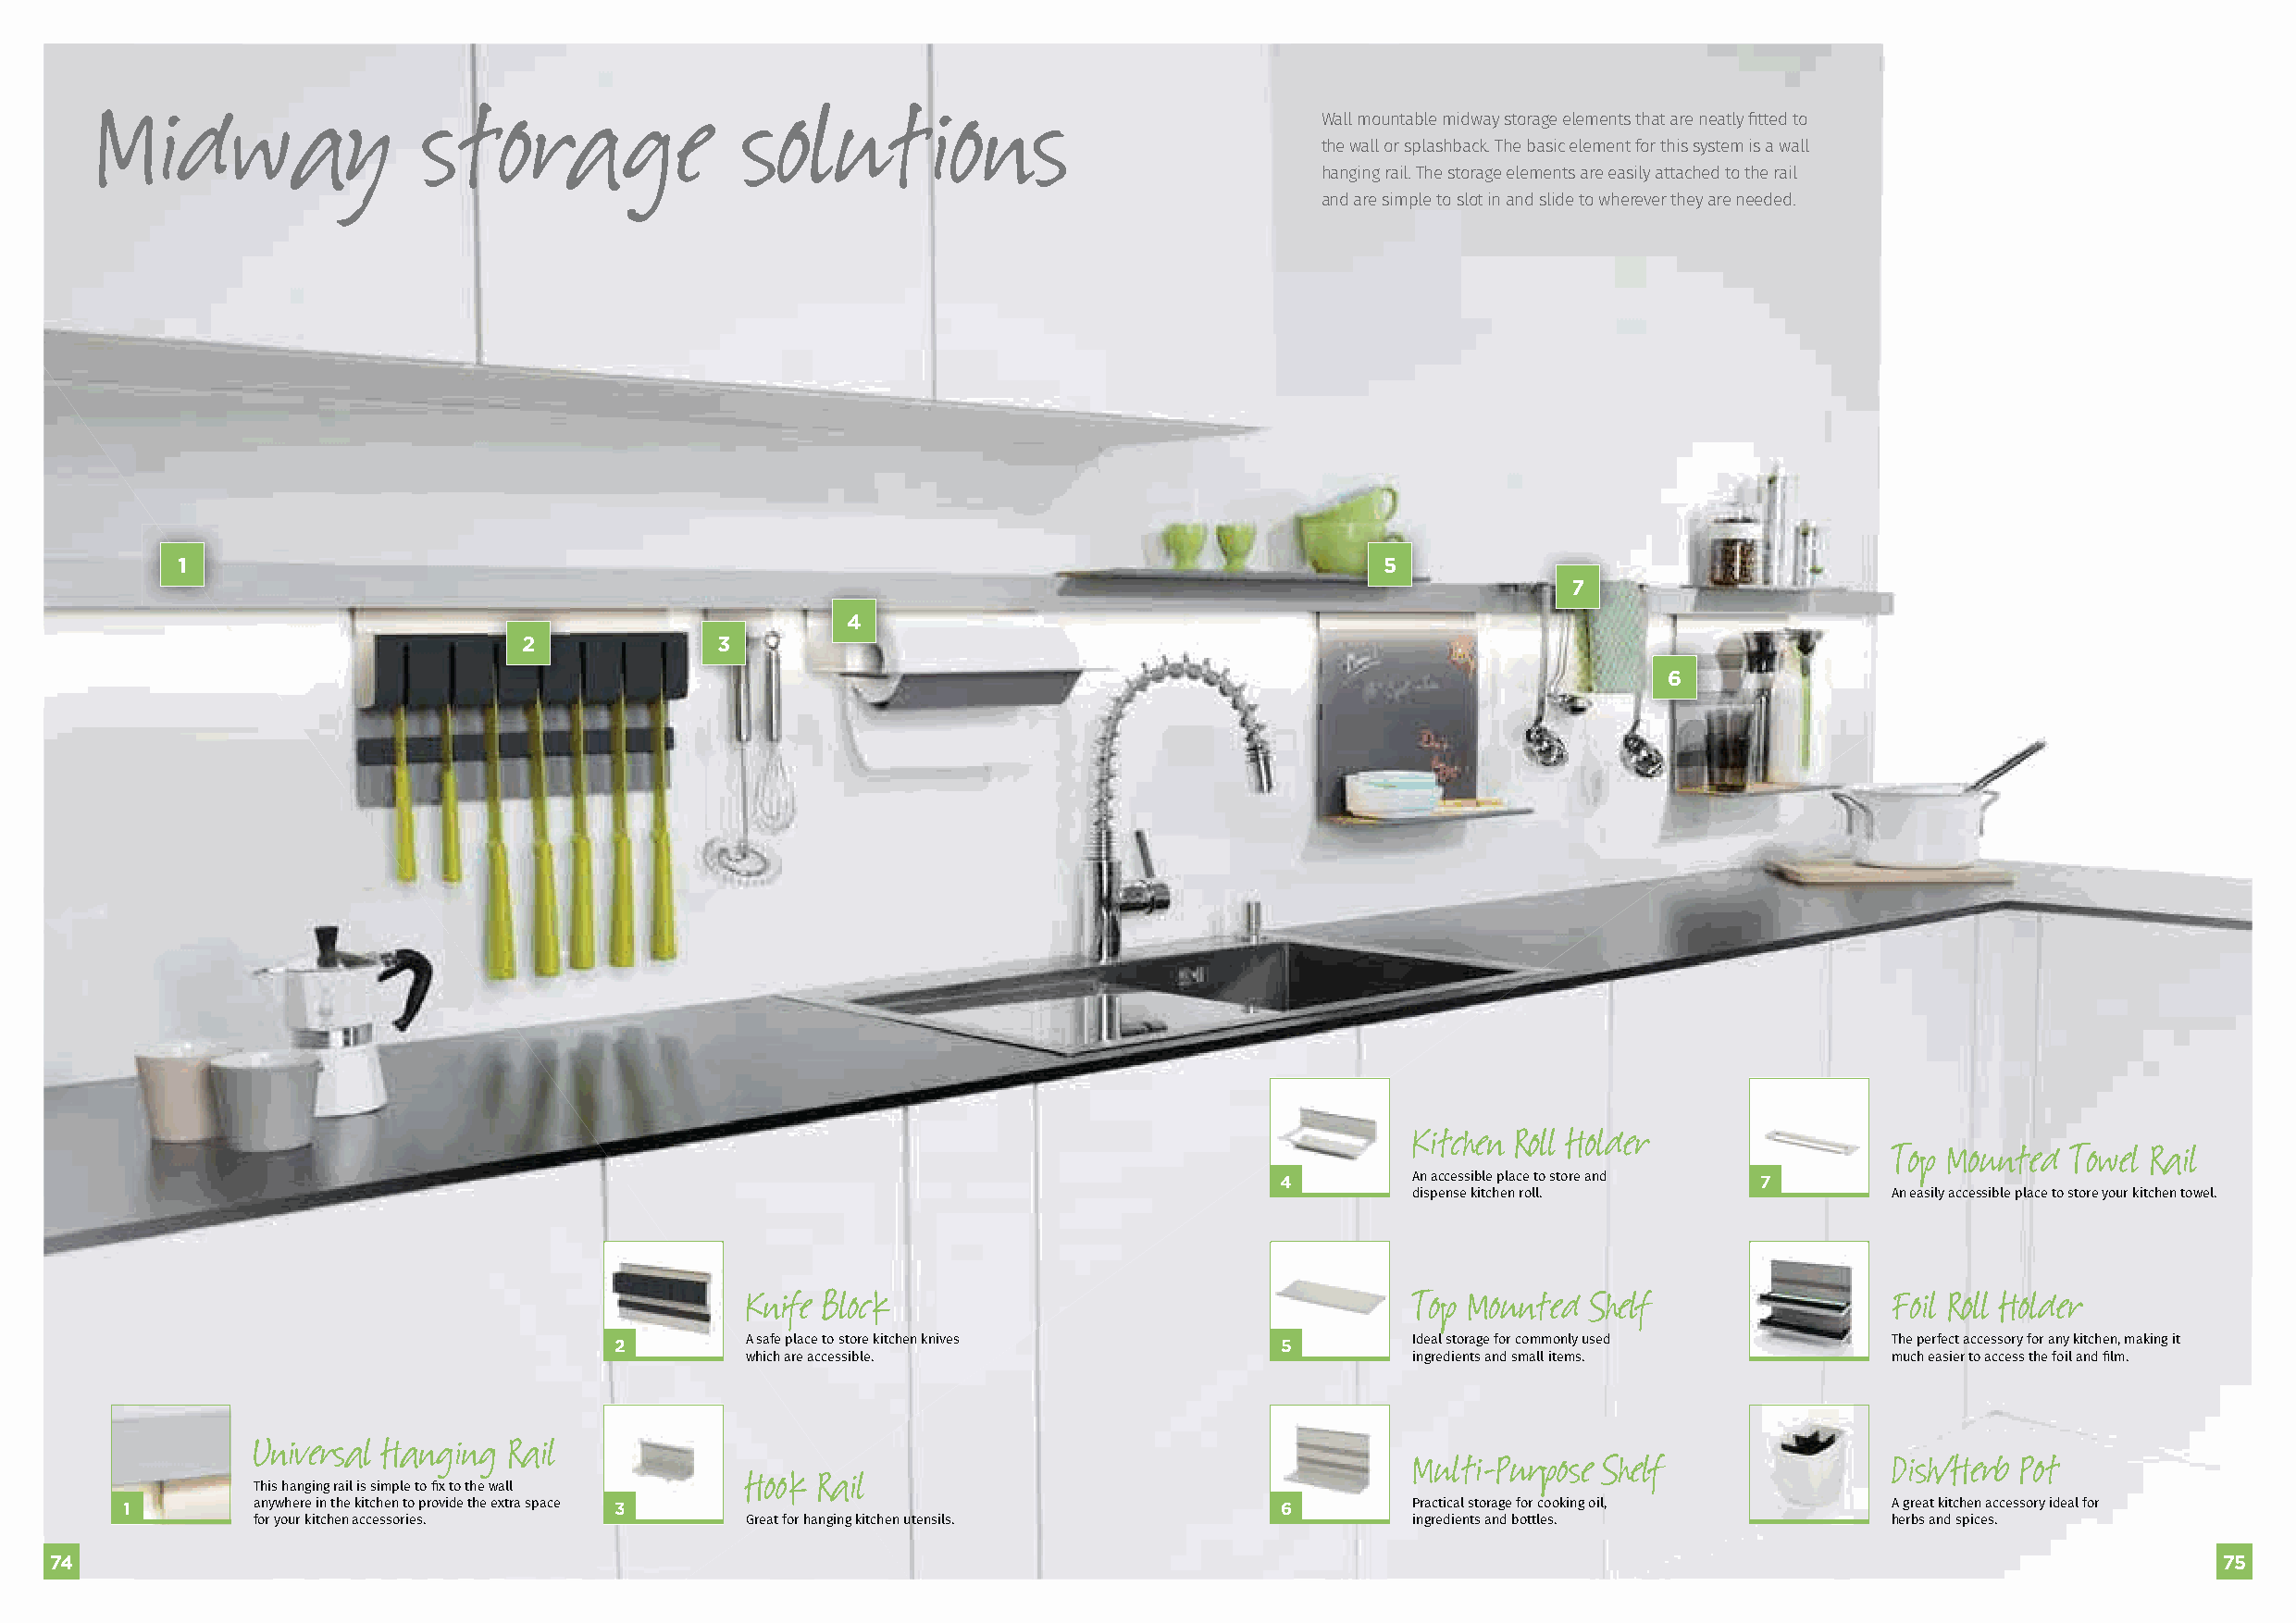
Midway                 storage                solutions
 Wall mountable midway storage elements that are neatly fitted to
 the wall or splashback. The basic element for this system is a wall
 hanging rail. The storage elements are easily attached to the rail
 and are simple to slot in and slide to wherever they are needed.
 1                                                                                     5
 7
 4
 2             3
 6
 Kitchen Roll Holder
 Top Mounted  Towel Rail
 4        An accessible place to store and 7
 dispense kitchen roll.            An easily accessible place to store your kitchen towel.
 Knife Block                                     Top Mounted  Shelf                Foil Roll Holder
 2        A safe place to store kitchen knives   5        Ideal storage for commonly used   The perfect accessory for any kitchen, making it
 which are accessible.                           ingredients and small items.      much easier to access the foil and film.
 Universal Hanging Rail
 Multi-Purpose Shelf               Dish/Herb Pot
 Hook Rail
 This hanging rail is simple to fix to the wall
 1        anywhere in the kitchen to provide the extra space 3                      6        Practical storage for cooking oil, A great kitchen accessory ideal for
 for your kitchen accessories.      Great for hanging kitchen utensils.             ingredients and bottles.          herbs and spices.
 74                                                                                                                                                         75